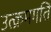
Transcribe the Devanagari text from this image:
उत्क्रमगति